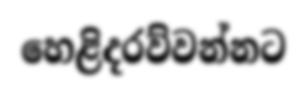
හෙළිදරව්වන්නට